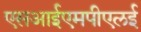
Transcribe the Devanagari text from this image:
एसआईएमपीएलई